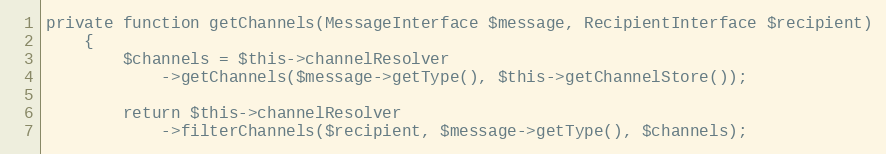
Language: PHP
private function getChannels(MessageInterface $message, RecipientInterface $recipient)
    {
        $channels = $this->channelResolver
            ->getChannels($message->getType(), $this->getChannelStore());

        return $this->channelResolver
            ->filterChannels($recipient, $message->getType(), $channels);